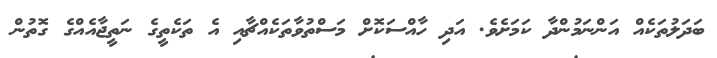
ބަދަލުތަކެއް އަންނަމުންދާ ކަމަށެވެ. އަދި ހާއްސަކޮށް މަސްތުވާތަކެއްޗާއި އެ ތަކެތީގެ ނަތީޖާއެއްގެ ގޮތުން